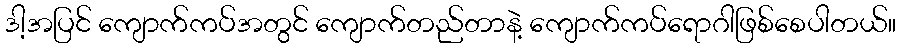
ဒါ့အပြင် ကျောက်ကပ်အတွင် ကျောက်တည်တာနဲ့ ကျောက်ကပ်ရောဂါဖြစ်စေပါတယ်။